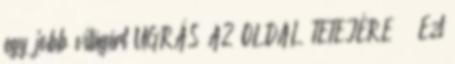
egy jobb világért UGRÁS AZ OLDAL TETEJÉRE ↑ Ezt